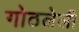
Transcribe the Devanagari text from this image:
गोठलेली